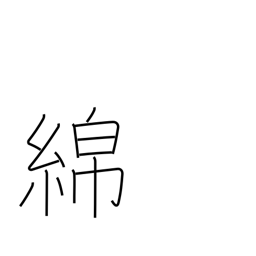
Meaning: cotton